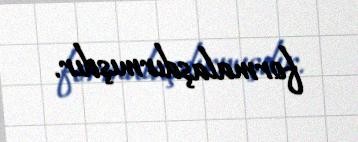
formalaşdırmışdır.